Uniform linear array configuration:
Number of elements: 64
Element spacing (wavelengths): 0.75
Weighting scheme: binomial
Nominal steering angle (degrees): -60
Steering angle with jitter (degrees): -61.862
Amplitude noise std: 0.05
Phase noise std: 0.05

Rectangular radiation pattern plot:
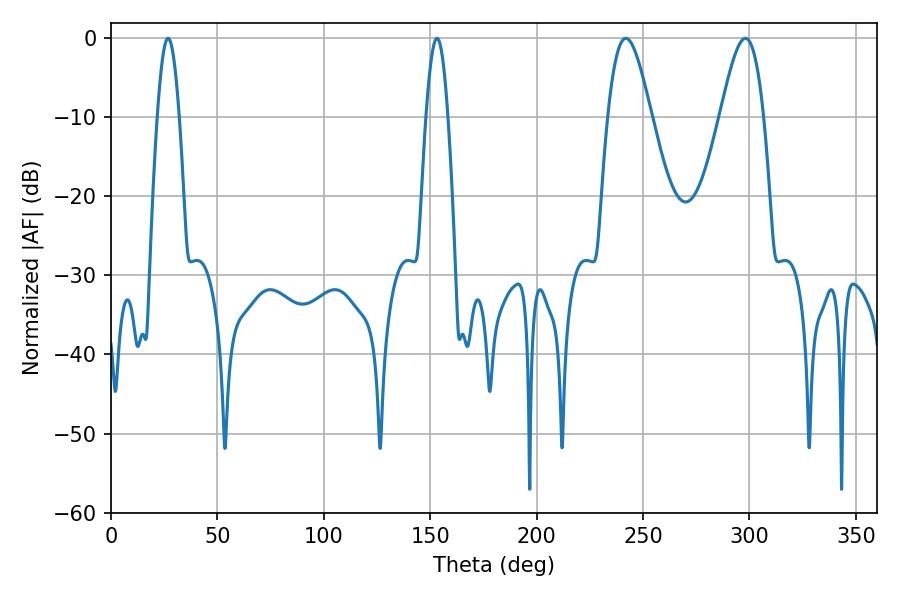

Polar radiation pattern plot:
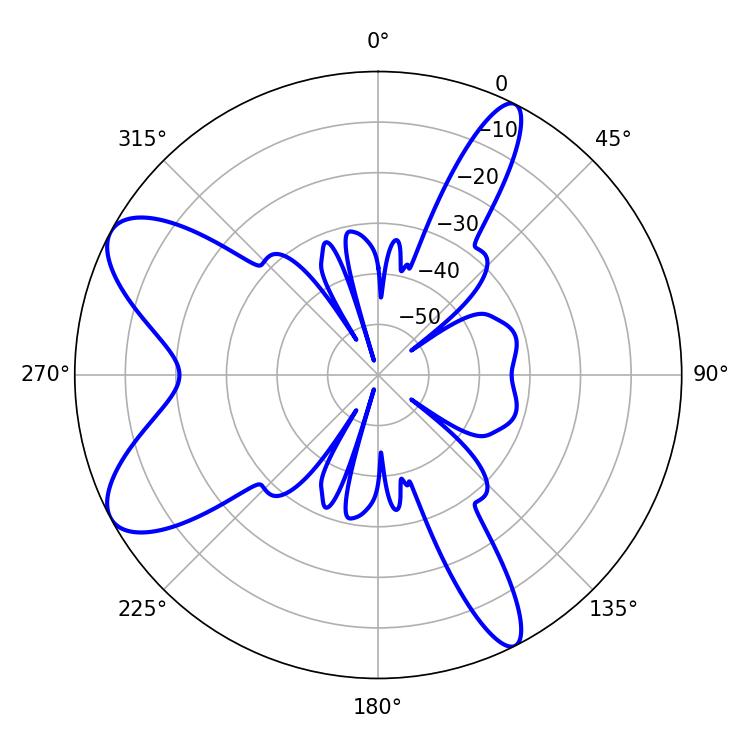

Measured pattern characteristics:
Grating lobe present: TRUE
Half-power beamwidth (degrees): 10.8
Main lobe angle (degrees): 241.92